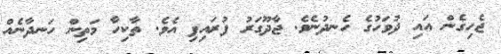
ޖެހިގެން އައި ދުވަހުގެ ހެނދުނެވެ. ޖާދޫގަރު ފުރައިފި އެވެ. ތާކިހާ މަތިން ހަނދާނެއް